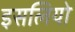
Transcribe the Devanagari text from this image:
इसलियो